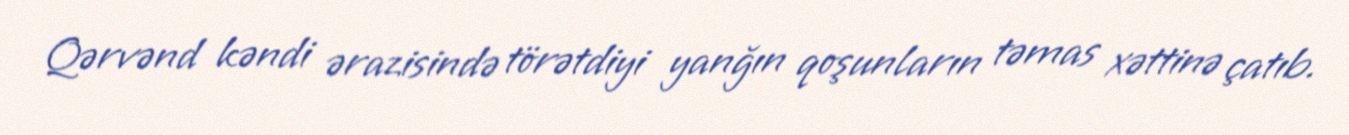
Qərvənd kəndi ərazisində törətdiyi yanğın qoşunların təmas xəttinə çatıb.